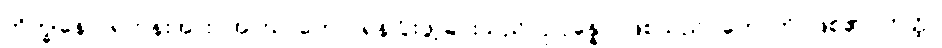
ဘိက္ခုနော၊ ရဟန်းအား။ အာဃာတော၊ ရန်ငြိုးဖွဲ့ခြင်းသည်။ ဥပ္ပန္နော၊ ဖြစ်သည်။ ဟောတိ၊ ဖြစ်၏။ တတ္ထ၊